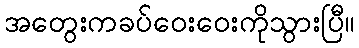
အတွေးကခပ်ဝေးဝေးကိုသွားပြီ။